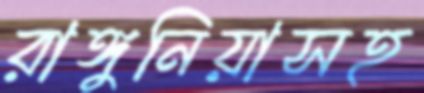
রাঙ্গুনিয়াসহ